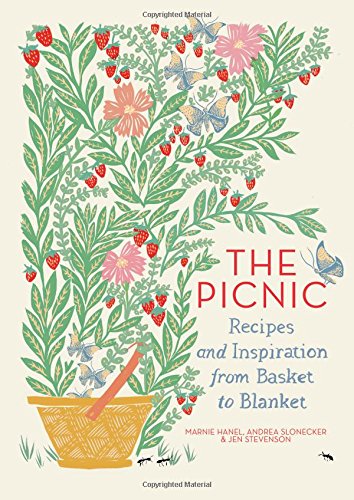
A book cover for The Picnic: Recipes and Inspiration from Basket to Blanket; Marnie Hanel; Cookbooks, Food & Wine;